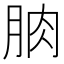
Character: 朒